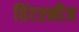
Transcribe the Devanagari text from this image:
विंटरनीज